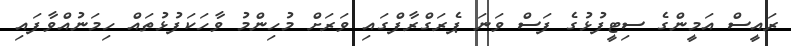
ރައީސް އަމީންގެ ސިޓީފުޅުގެ ފަސް ވަނަ ޕެރަގްރާފްގައި ވަރަށް މުހިންމު ވާހަކަފުޅުތައް ހިމަނުއްވާފައި